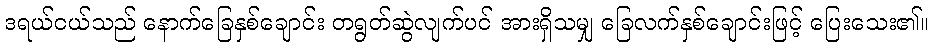
ဒရယ်ငယ်သည် နောက်ခြေနှစ်ချောင်း တရွတ်ဆွဲလျက်ပင် အားရှိသမျှ ခြေလက်နှစ်ချောင်းဖြင့် ပြေးသေး၏။